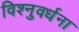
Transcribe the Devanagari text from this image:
विश्नुवर्धना